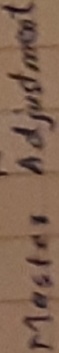
Text: Master Adjustment